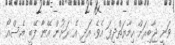
ވަނީ ޖާބިރަށް ހިމާޔަތްދީފަ އެވެ. އަދި އެ ރަށުން އޭނާ ފޭބީ އެސްއޯ